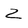
Character: Z